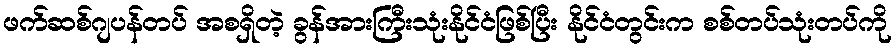
ဖက်ဆစ်ဂျပန်တပ် အစရှိတဲ့ ခွန်အားကြီးသုံးနိုင်ငံဖြစ်ပြီး နိုင်ငံတွင်းက စစ်တပ်သုံးတပ်ကို